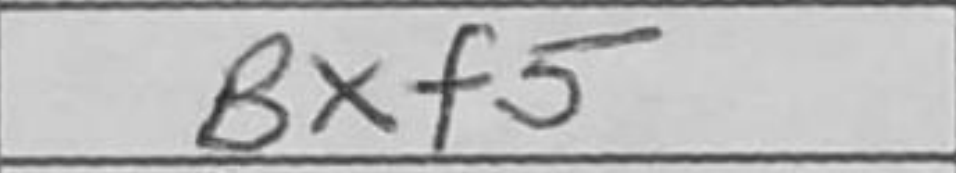
Transcription: Bxf5